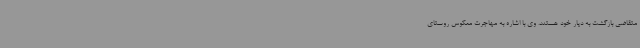
متقاضی بازگشت به دیار خود هستند. وی با اشاره به مهاجرت معکوس روستای